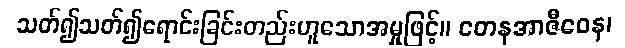
သတ်၍သတ်၍ရောင်းခြင်းတည်းဟူသောအမှုဖြင့်။ တေနအာဇီဝေန၊